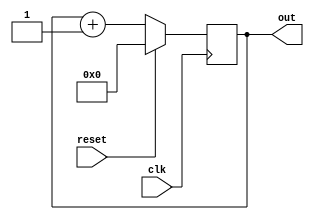
module myCounter(clk, reset, out);
input wire clk, reset;
output [3:0] out;

reg [3:0] count = 0;

always @ (posedge clk)
begin
	if (reset) begin
		count <= 4'd0;
	end else begin
		count <= count + 4'd1;
	end
end
assign out = count;
endmodule